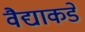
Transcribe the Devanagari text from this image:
वैद्याकडे